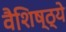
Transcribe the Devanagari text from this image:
वैशि़ष्ठ्ये